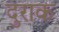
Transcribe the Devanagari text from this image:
दुराक